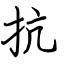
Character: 抗